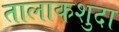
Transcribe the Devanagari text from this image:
तालाकशुदा